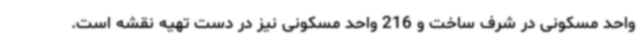
واحد مسکونی در شرف ساخت و 216 واحد مسکونی نیز در دست تهیه نقشه است.